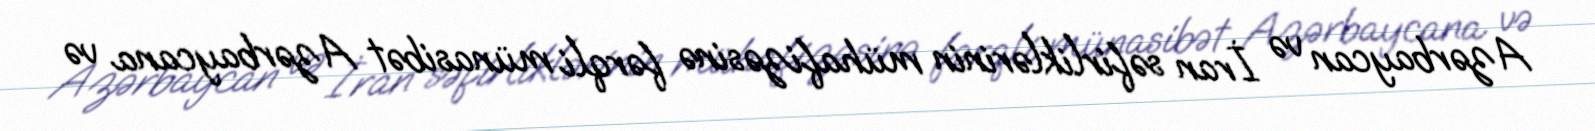
Azərbaycan və İran səfirliklərinin mühafizəsinə fərqli münasibət Azərbaycana və